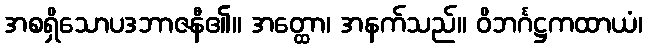
အစရှိသောပဒဘာဇနီ၏။ အတ္ထော၊ အနက်သည်။ ဝိဘင်္ဂဋ္ဌကထာယံ၊